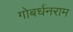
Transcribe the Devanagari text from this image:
गोबर्धनराम